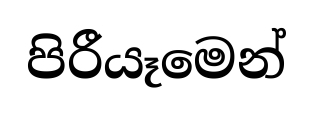
පිරීයෑමෙන්